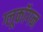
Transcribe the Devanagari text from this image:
ग्लूकॉगन